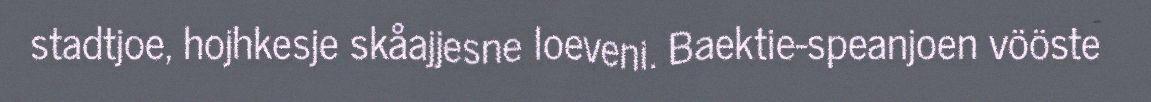
stadtjoe, hojhkesje skåajjesne loeveni. Baektie-speanjoen vööste